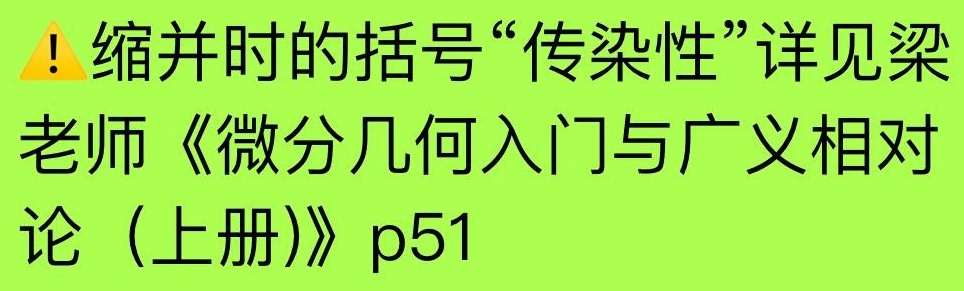
！缩并时的括号“传染性”详见梁老师《微分几何入门与广义相对论（上册）》p51